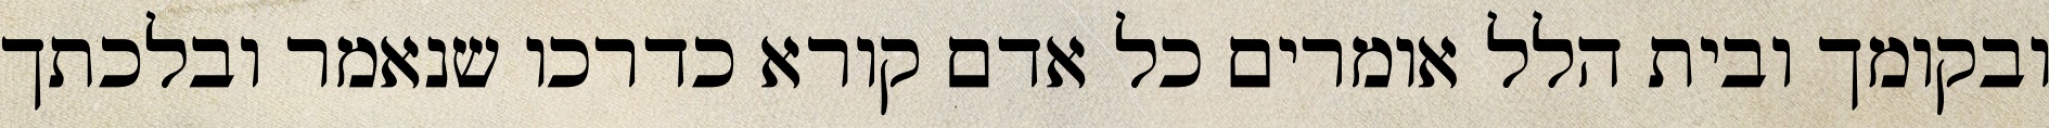
ובקומך ובית הלל אומרים כל אדם קורא כדרכו שנאמר ובלכתך